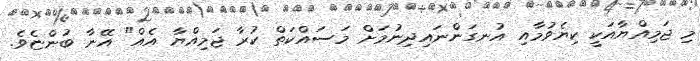
މި ޖަމިއްޔާއަކީ ކިޔެވުމާއި އުނގަންނައިދިނުމަށް މަސައްކަތް ކުރާ ޖަމިއްޔާ އެއް" އޭނާ ބުންޏެވެ.